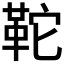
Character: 𩉺